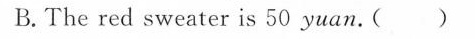
B. The red sweater is 50 yuan.( )